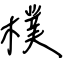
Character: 樸